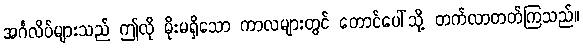
အင်္ဂလိပ်များသည် ဤလို မိုးမရှိသော ကာလများတွင် တောင်ပေါ်သို့ တက်လာတတ်ကြသည်။